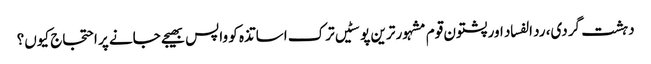
دہشت گردی، رد الفساد اور پشتون قوم	مشہور ترین پوسٹیں	ترک اساتذہ کو واپس بھیجے جانے پر احتجاج کیوں؟